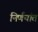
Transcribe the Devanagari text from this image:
निर्णयांत